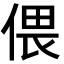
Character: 偎